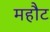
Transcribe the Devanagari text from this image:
महौट